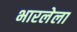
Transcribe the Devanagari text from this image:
भारलेला